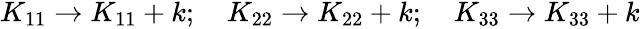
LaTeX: \begin{array}{r}{K_{11}\rightarrow K_{11}+k;\quad K_{22}\rightarrow K_{22}+k;\quad K_{33}\rightarrow K_{33}+k}\end{array}